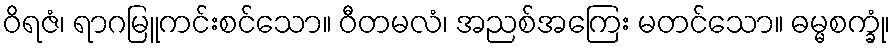
ဝိရဇံ၊ ရာဂမြူကင်းစင်သော။ ဝီတမလံ၊ အညစ်အကြေး မတင်သော။ ဓမ္မစက္ခုံ၊